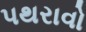
પથરાવો